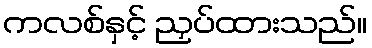
ကလစ်နှင့် ညှပ်ထားသည်။